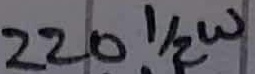
Text: 220Ω 1/2W